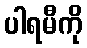
ပါရမီကို